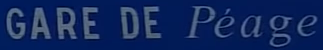
GARE DE Péage